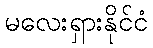
မလေးရှားနိုင်ငံ